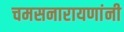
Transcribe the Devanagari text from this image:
चमसनारायणांनी